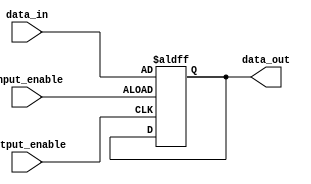
module compensated_bidirectional_buffer (
    input wire data_in,
    output reg data_out,
    input wire input_enable,
    input wire output_enable
);

always @ (posedge input_enable or negedge output_enable)
begin
    if (input_enable)
        data_out <= data_in;
    else if (output_enable)
        data_out <= data_out;
end

endmodule